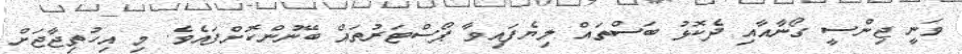
ވަނީ ޖިންސީ ގޯނާއާއި ދެކޮޅު ބަސްތައް ލިޔެފައިވާ ޕޯސްޓަރުތައް ބޭނުންކޮށްފައެވެ. މި އިހުތިޖާޖަށް